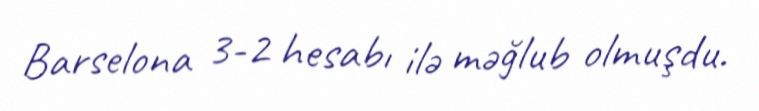
Barselona 3-2 hesabı ilə məğlub olmuşdu.